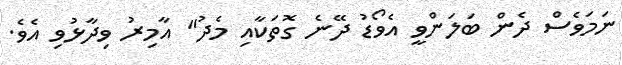
ނަމަވެސް ދެން ބަލަންވީ އެވޯޑު ދޭނެ ގޮތަކާއި މެދު" އާމިރު ވިދާޅުވި އެވެ.